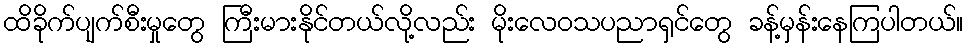
ထိခိုက်ပျက်စီးမှုတွေ ကြီးမားနိုင်တယ်လို့လည်း မိုးလေဝသပညာရှင်တွေ ခန့်မှန်းနေကြပါတယ်။